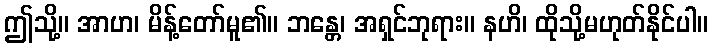
ဤသို့။ အာဟ၊ မိန့်တော်မူ၏။ ဘန္တေ၊ အရှင်ဘုရား။ နဟိ၊ ထိုသို့မဟုတ်နိုင်ပါ။